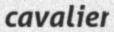
cavalier